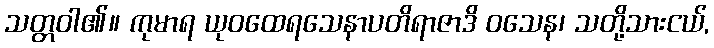
သတ္တဝါ၏။ ကုမာရ ယုဝထေရသေနာပတိရာဇာဒိ ဝသေန၊ သတို့သားငယ်,